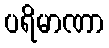
ပရိမာဏာ